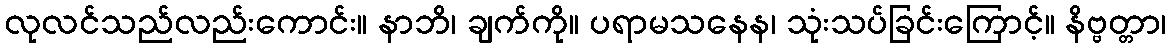
လုလင်သည်လည်းကောင်း။ နာဘိ၊ ချက်ကို။ ပရာမသနေန၊ သုံးသပ်ခြင်းကြောင့်။ နိဗ္ဗတ္တာ၊